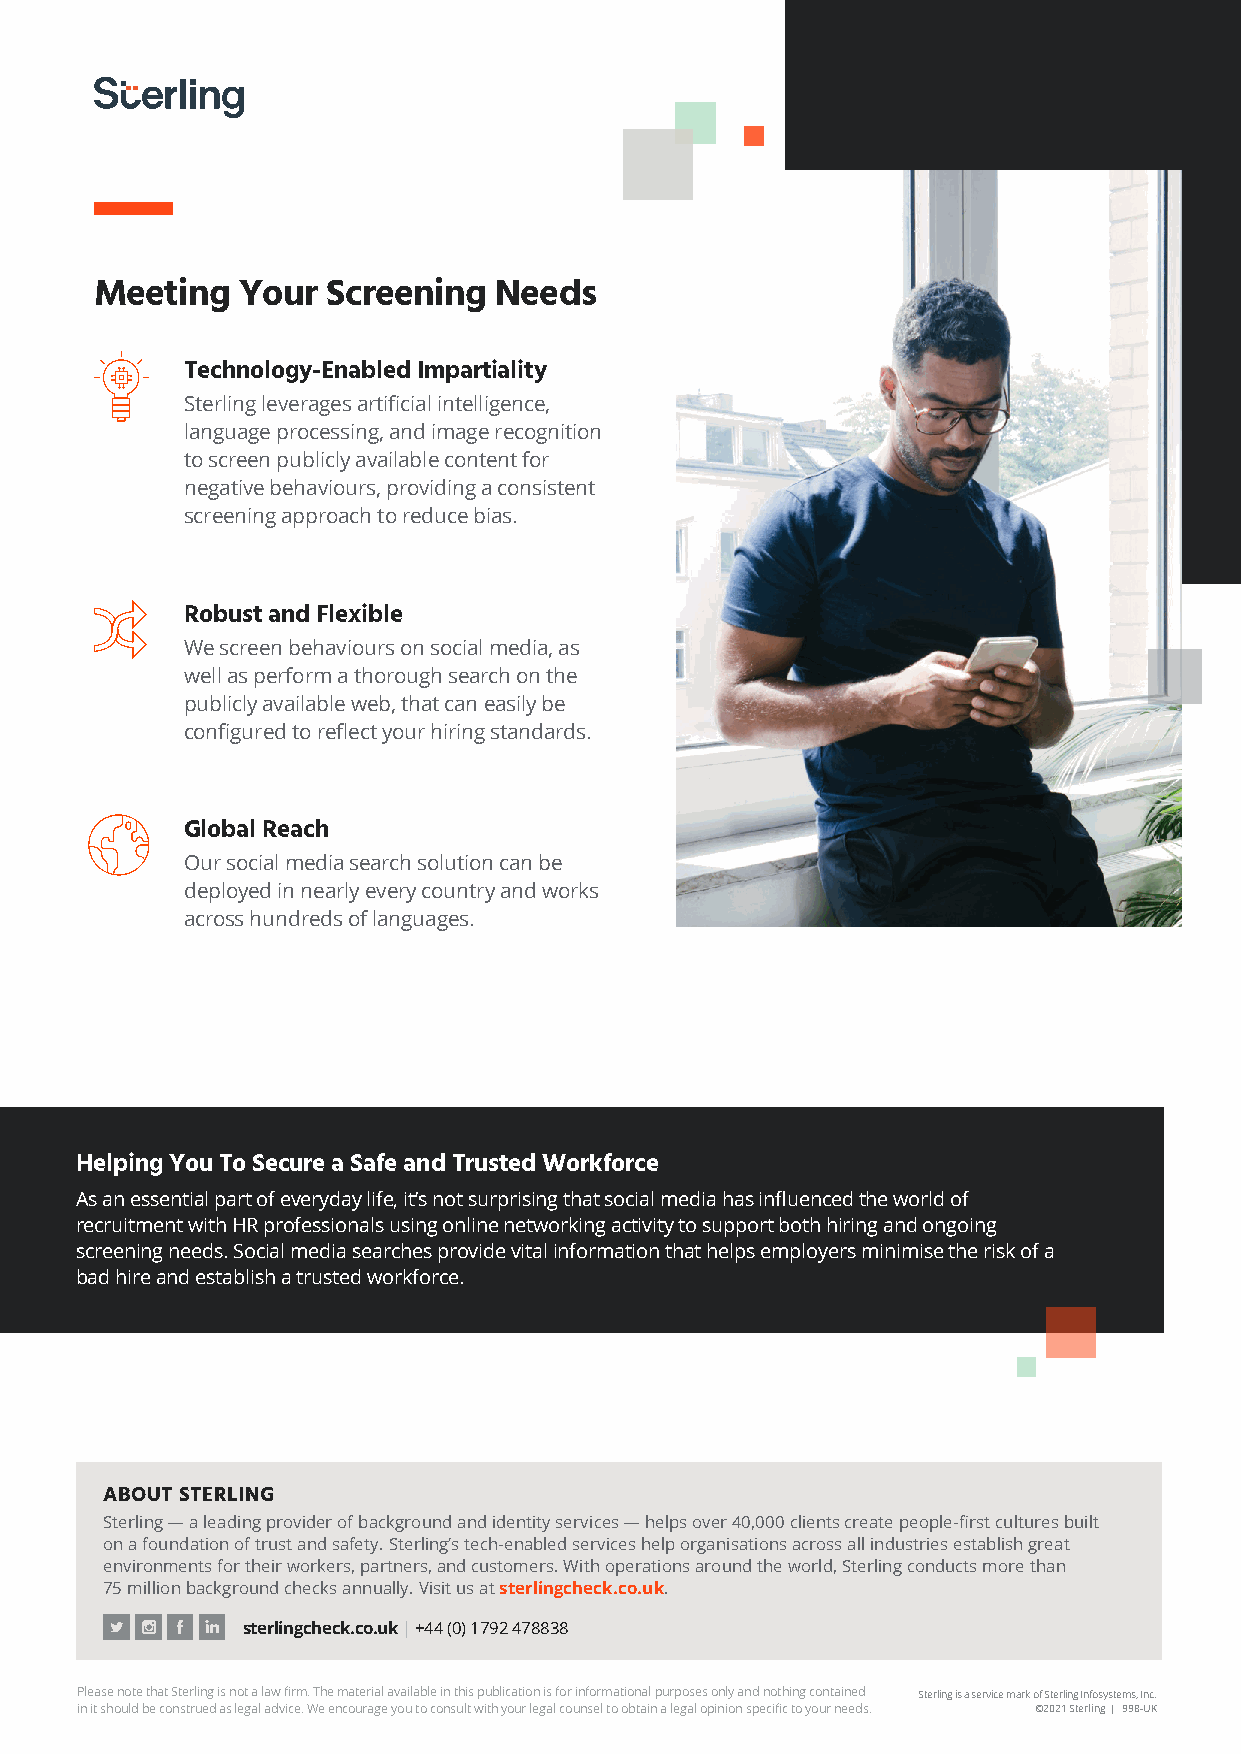
Meeting   Your  Screening  Needs
 Technology-Enabled Impartiality
 Sterling leverages artificial intelligence,
 language processing, and image recognition
 to screen publicly available content for
 negative behaviours, providing a consistent
 screening approach to reduce bias.
 Robust and Flexible
 We screen behaviours on social media, as
 well as perform a thorough search on the
 publicly available web, that can easily be
 configured to reflect your hiring standards.
 Global Reach
 Our social media search solution can be
 deployed in nearly every country and works
 across hundreds of languages.
 Helping You To Secure a Safe and Trusted Workforce
 As an essential part of everyday life, it’s not surprising that social media has influenced the world of
 recruitment with HR professionals using online networking activity to support both hiring and ongoing
 screening needs. Social media searches provide vital information that helps employers minimise the risk of a
 bad hire and establish a trusted workforce.
 ABOUT STERLING
 Sterling — a leading provider of background and identity services — helps over 40,000 clients create people-first cultures built
 on a foundation of trust and safety. Sterling’s tech-enabled services help organisations across all industries establish great
 environments for their workers, partners, and customers. With operations around the world, Sterling conducts more than
 75 million background checks annually. Visit us at sterlingcheck.co.uk.
 sterlingcheck.co.uk | +44 (0) 1792 478838
 Please note that Sterling is not a law firm. The material available in this publication is for informational purposes only and nothing contained Sterling is a service mark of Sterling Infosystems, Inc.
 in it should be construed as legal advice. We encourage you to consult with your legal counsel to obtain a legal opinion specific to your needs. ©2021 Sterling | 998-UK